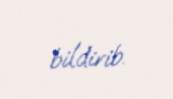
bildirib.